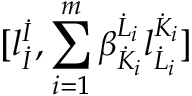
\lbrack l _ { \dot { I } } ^ { \dot { I } } , \sum _ { i = 1 } ^ { m } \beta _ { \dot { K } _ { i } } ^ { \dot { L } _ { i } } l _ { \dot { L } _ { i } } ^ { \dot { K } _ { i } } \rbrack